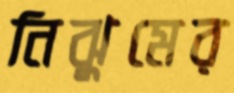
নিঝুমের